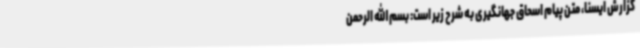
گزارش ایسنا، متن پیام اسحاق جهانگیری به شرح زیر است: بسم الله الرحمن